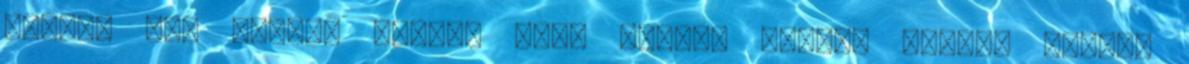
profil egy emberr profil Enok mester törölt profil vastag